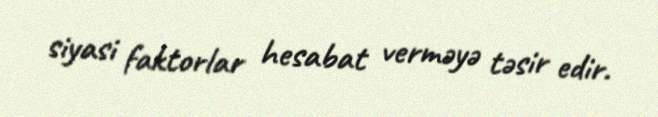
siyasi faktorlar hesabat verməyə təsir edir.